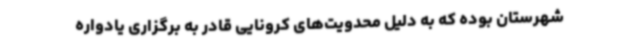
شهرستان بوده که به دلیل محدویت‌های کرونایی قادر به برگزاری یادواره